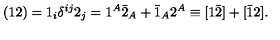
( { 1 2 } ) = 1 _ { i } \delta ^ { i j } 2 _ { j } = 1 ^ { A } \bar { 2 } _ { A } + \bar { 1 } _ { A } 2 ^ { A } \equiv [ 1 \bar { 2 } ] + [ \bar { 1 } 2 ] .